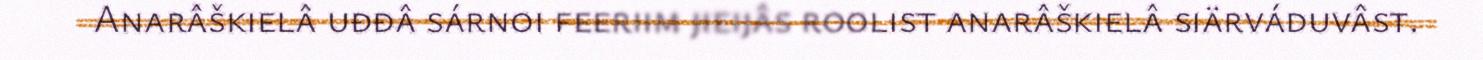
Anarâškielâ uđđâ sárnoi feeriim jieijâs roolist anarâškielâ siärváduvâst.